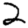
Digit: 2